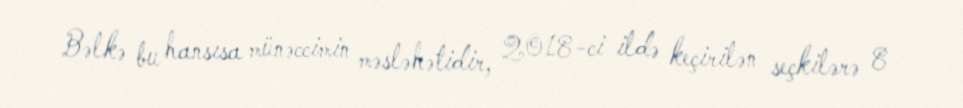
Bəlkə bu hansısa münəccimin məsləhətidir, 2018-ci ildə keçirilən seçkilərə 8